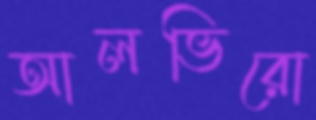
আলভিরো